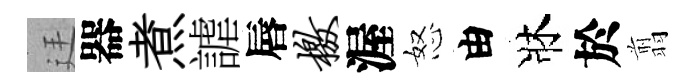
廷器煮謔唇檄渥怒由牀於翦